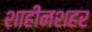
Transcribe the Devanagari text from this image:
शाहीनशहर